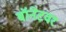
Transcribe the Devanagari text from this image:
बॉनेटवर